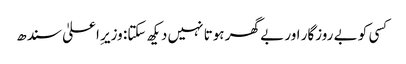
کسی کو بے روزگار اور بے گھر ہوتا نہیں دیکھ سکتا: وزیرِ اعلیٰ سندھ